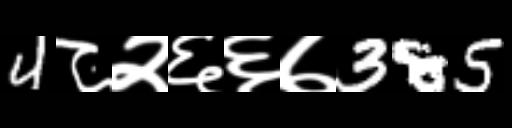
Text: 4८२६६७385